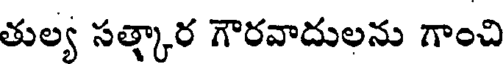
తుల్య సత్కార గౌరవాదులను గాంచి